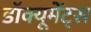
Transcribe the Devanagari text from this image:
डॉक्यूमेंट्स